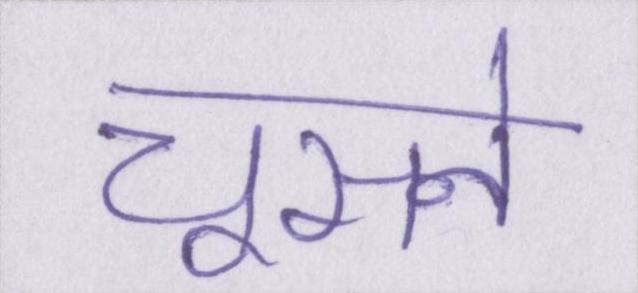
चूसने